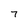
Character: 7